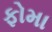
ફોમા